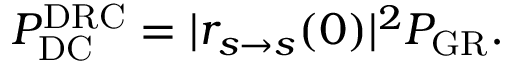
\begin{array} { r } { P _ { \mathrm { D C } } ^ { \mathrm { D R C } } = | r _ { s \rightarrow s } ( 0 ) | ^ { 2 } P _ { \mathrm { G R } } . } \end{array}